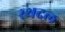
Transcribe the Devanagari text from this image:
रथदल